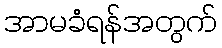
အာမခံရန်အတွက်